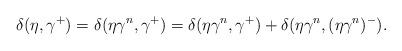
LaTeX: \begin{align*}\delta(\eta,\gamma^+)=\delta(\eta \gamma^n, \gamma^+)=\delta(\eta \gamma^n, \gamma^+)+\delta(\eta \gamma^n, (\eta\gamma^n)^-).\end{align*}